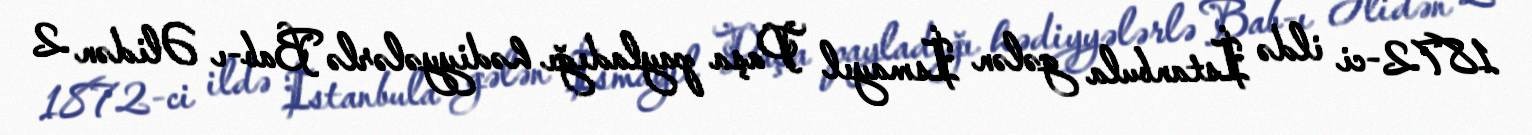
1872-ci ildə İstanbula gələn İsmayıl Paşa payladığı hədiyyələrlə Bab-ı Əlidən 2